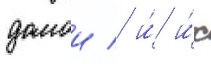
домои / и́ и́х